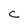
Character: C